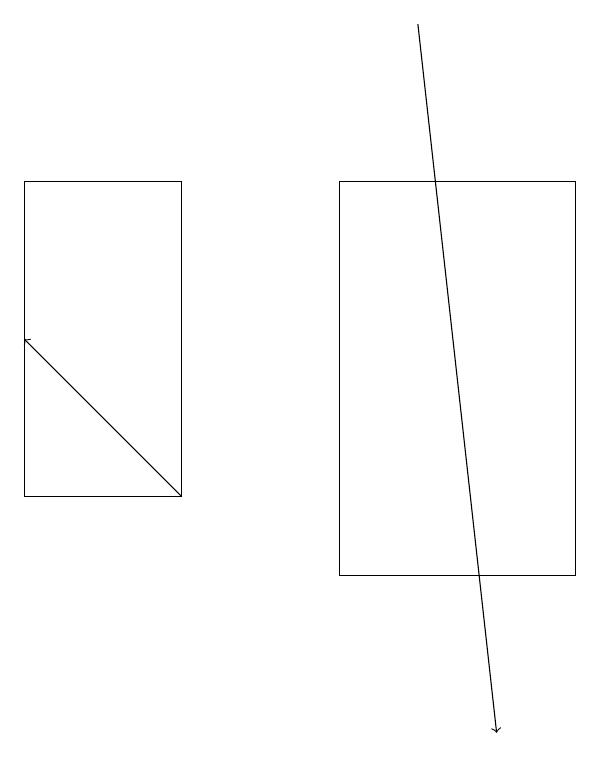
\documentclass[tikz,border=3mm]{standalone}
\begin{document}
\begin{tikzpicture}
\draw[->] (3,13) -- (1,15);
\draw[->] (6,19) -- (7,10);
\draw (3,13) rectangle (1,17);
\draw (8,12) rectangle (5,17);
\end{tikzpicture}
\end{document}